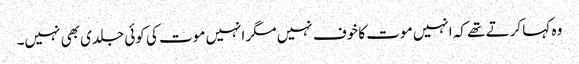
وہ کہا کرتے تھے کہ انہیں موت کا خوف نہیں مگر انہیں موت کی کوئی جلدی بھی نہیں۔